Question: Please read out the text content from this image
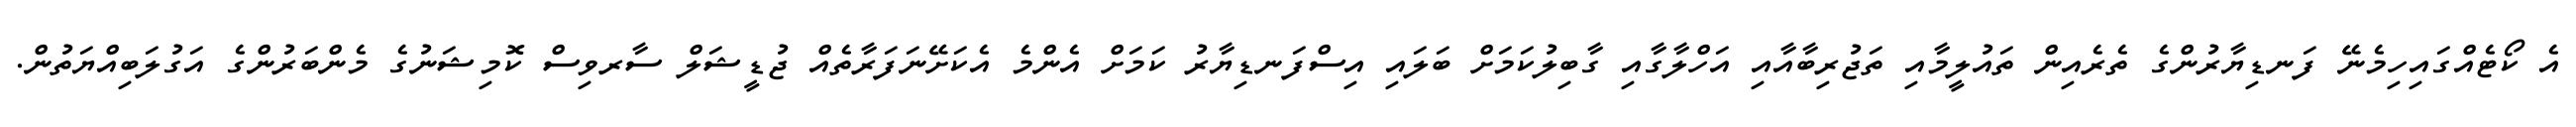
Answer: އެ ކޯޓެއްގައިހިމެނޭ ފަނޑިޔާރުންގެ ތެރެއިން ތައުލީމާއި ތަޖުރިބާއާއި އަހްލާގާއި ގާބިލުކަމަށް ބަލައި އިސްފަނޑިޔާރު ކަމަށް އެންމެ އެކަށޭނަފަރާތެއް ޖުޑީޝަލް ސާރވިސް ކޮމިޝަނުގެ މެންބަރުންގެ އަގުލަބިއްޔަތުން.